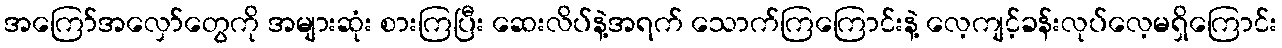
အကြော်အလှော်တွေကို အများဆုံး စားကြပြီး ဆေးလိပ်နဲ့အရက် သောက်ကြကြောင်းနဲ့ လေ့ကျင့်ခန်းလုပ်လေ့မရှိကြောင်း